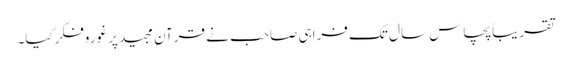
تقریباًپچاس سال تک فراہی صاحب نے قرآن مجید پر غوروفکرکیا۔